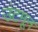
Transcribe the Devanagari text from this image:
उंटमून